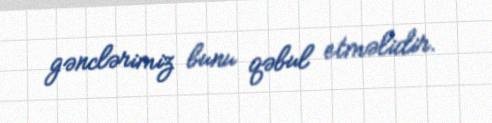
gənclərimiz bunu qəbul etməlidir.